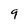
Character: 9